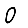
Digit: 0